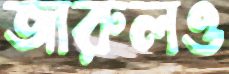
জারুলও